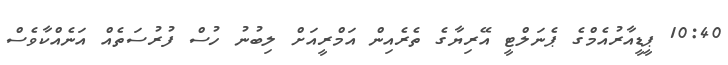
10:40 ޕީޑީއާރުއެމްގެ ޕެނަލްޓީ އޭރިޔާގެ ތެރެއިން އަމްރީއަށް ލިބުނު ހުސް ފުރުސަތެއް އަނެއްކާވެސް